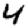
Digit: 4